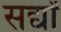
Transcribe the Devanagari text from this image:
सर्द्यों